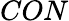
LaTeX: CON